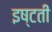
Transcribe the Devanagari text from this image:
इष्टती